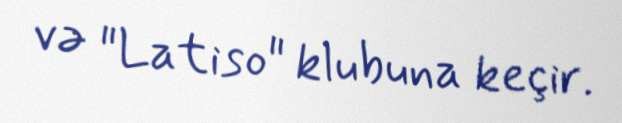
və "Latiso" klubuna keçir.